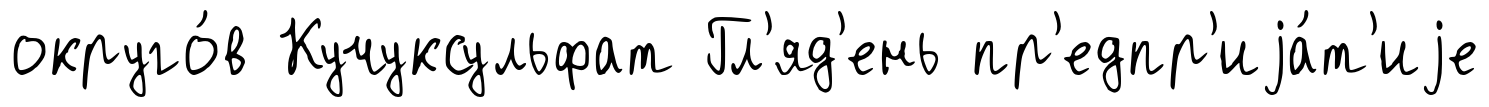
округо́в Кучуксульфат Гл'яд'ень пр'едпр'иjа́т'иjе